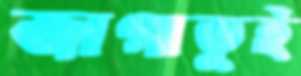
জাগাডুই